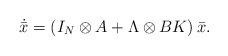
LaTeX: \begin{align*}\dot{\bar{x}} = \left(I_N\otimes A + \Lambda \otimes BK\right) \bar{x} .\end{align*}